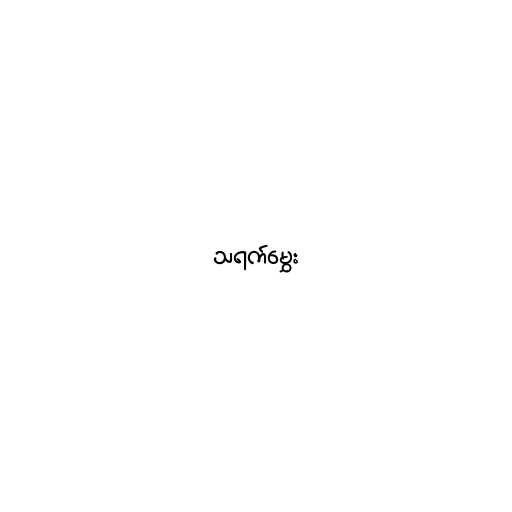
သရက်မွှေး